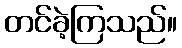
တင်ခဲ့ကြသည်။